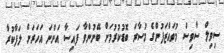
ސިވިލް ސާވިސް މުވައްޒަފުންގެ މުސާރަ ބޮޑުކުރުމަށް ބޭނުންވާ ފައިސާ އަންނަ އަހަރަށް ލަފާކުރާ